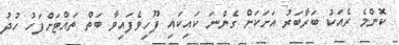
ކޮންމެ ރެއަކު ބަރާބަރު އަށަކަށް ގެންނަ ކައިކައި ފޫހިވެފައިވާ ބަތް ތައްޓަށްފަހު ހުދު